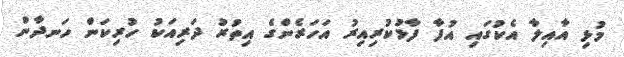
މުޅި އާއިލާ އެކުގައި އުފާ ފާޅުކުރިއިރު އަހަރެންގެ އިތުރު ދަރިއަކު ހުރިކަން ހަނދާން